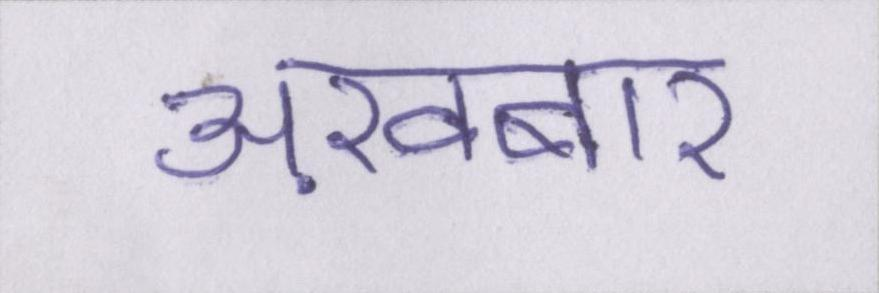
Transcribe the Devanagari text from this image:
अख़बार